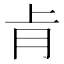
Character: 𮌈